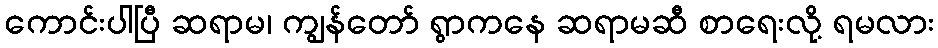
ကောင်းပါပြီ ဆရာမ၊ ကျွန်တော် ရွာကနေ ဆရာမဆီ စာရေးလို့ ရမလား